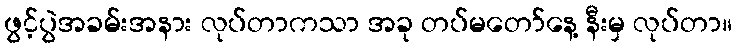
ဖွင့်ပွဲအခမ်းအနား လုပ်တာကသာ အခု တပ်မတော်နေ့ နီးမှ လုပ်တာ။